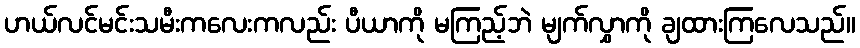
ဟယ်လင်မင်းသမီးကလေးကလည်း ပီယာကို မကြည့်ဘဲ မျက်လွှာကို ချထားကြလေသည်။